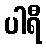
ပါရီ